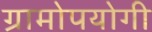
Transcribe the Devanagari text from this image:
ग्रामोपयोगी